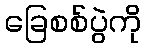
ခြေစစ်ပွဲကို